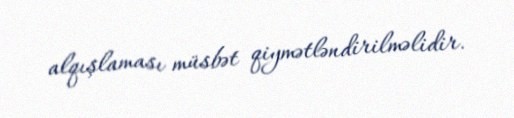
alqışlaması müsbət qiymətləndirilməlidir.